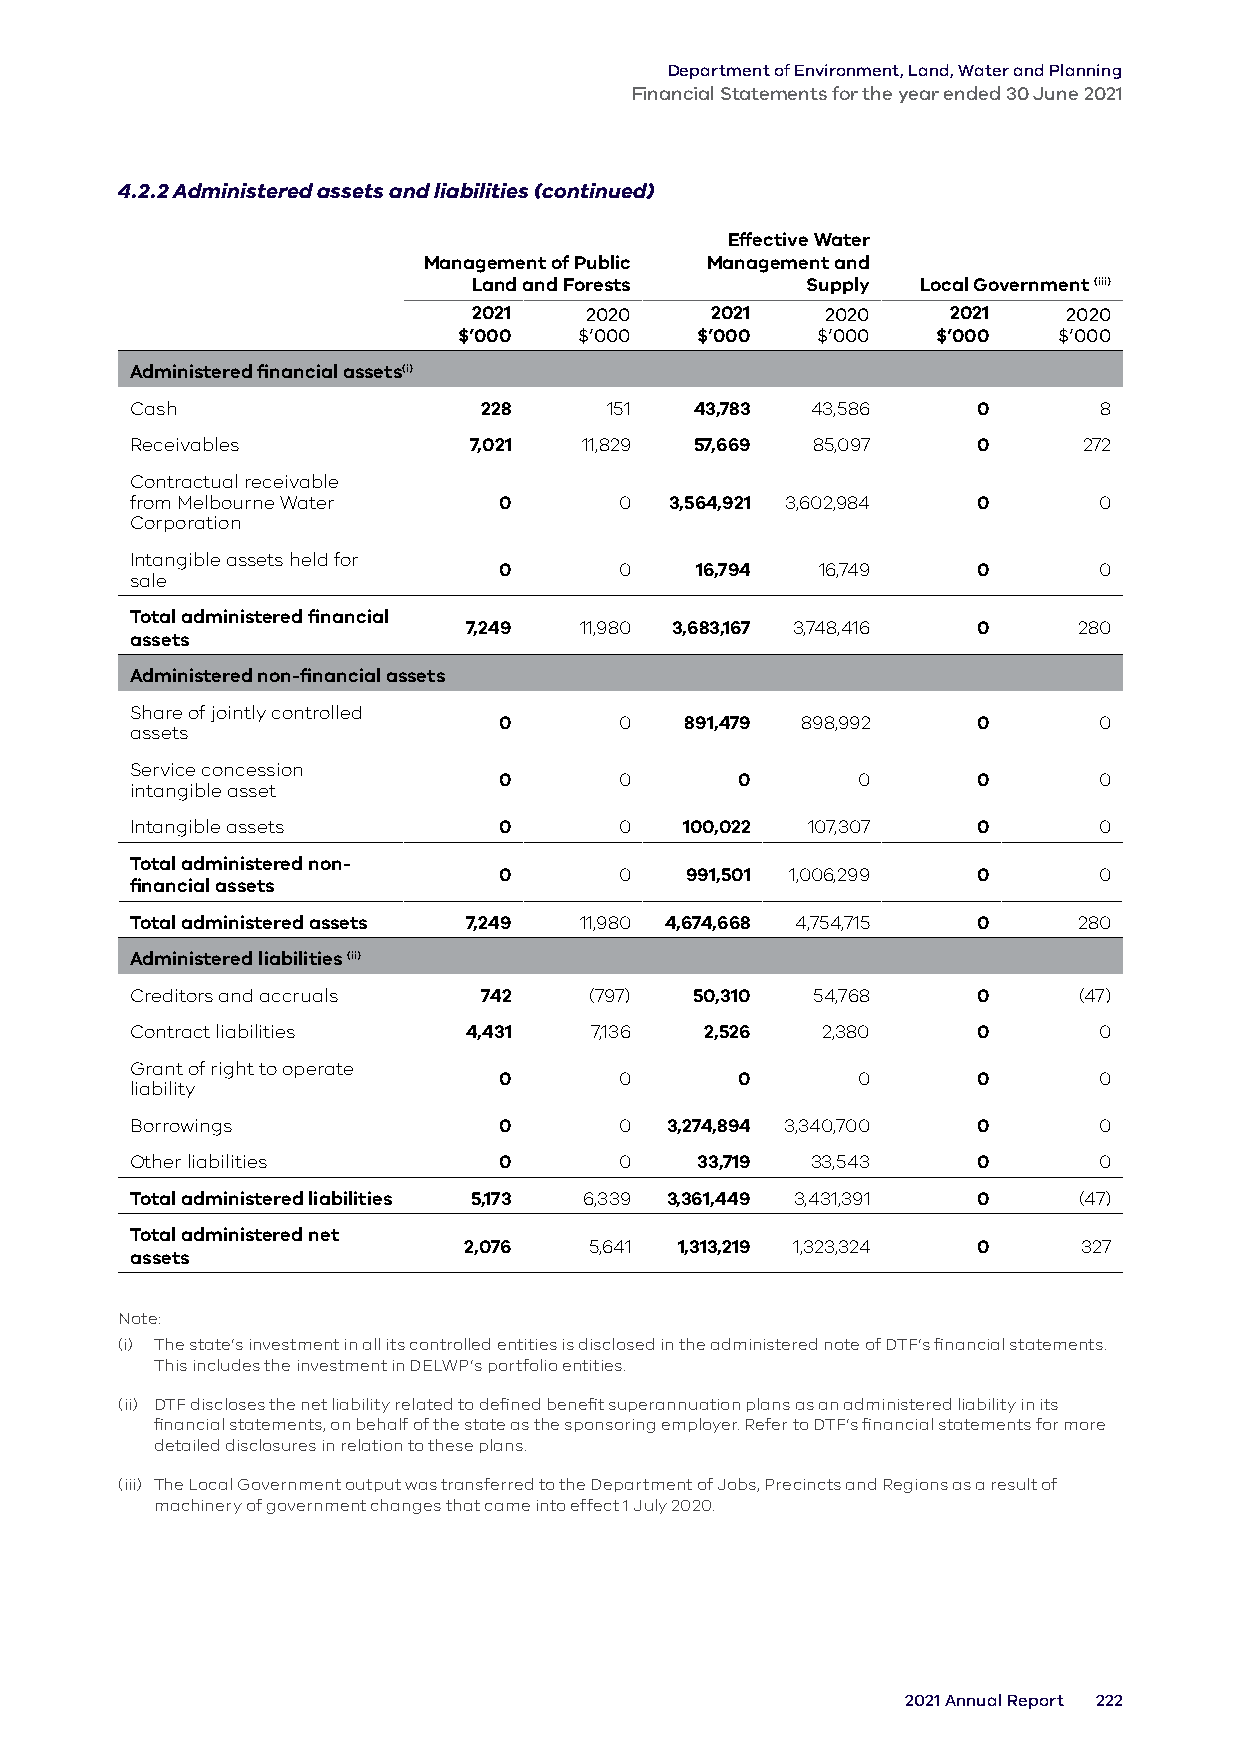
Department of Environment, Land, Water and Planning
 Financial Statements for the year ended 30 June 2021
 4.2.2 Administered assets and liabilities (continued)
 Effective Water
 Management of Public Management and
 Land and Forests      Supply  Local Government (iii)
 2021    2020    2021    2020    2021    2020
 $’000   $’000   $’000   $’000   $’000   $’000
 Administered financial assets(i)
 Cash                   228     151   43,783  43,586     0       8
 Receivables           7,021   11,829 57,669  85,097     0      272
 Contractual receivable
 from Melbourne Water    0       0  3,564,921 3,602,984  0       0
 Corporation
 Intangible assets held for
 0       0    16,794  16,749     0       0
 sale
 Total administered financial
 7,249  11,980 3,683,167 3,748,416 0     280
 assets
 Administered non-financial assets
 Share of jointly controlled
 0       0   891,479 898,992     0       0
 assets
 Service concession
 0       0       0       0       0       0
 intangible asset
 Intangible assets       0       0   100,022 107,307     0       0
 Total administered non-
 0       0   991,501 1,006,299   0       0
 financial assets
 Total administered assets 7,249 11,980 4,674,668 4,754,715 0  280
 Administered liabilities (ii)
 Creditors and accruals 742    (797)  50,310  54,768     0     (47)
 Contract liabilities  4,431   7,136   2,526  2,380      0       0
 Grant of right to operate
 0       0       0       0       0       0
 liability
 Borrowings              0       0  3,274,894 3,340,700  0       0
 Other liabilities       0       0    33,719  33,543     0       0
 Total administered liabilities 5,173 6,339 3,361,449 3,431,391 0 (47)
 Total administered net
 2,076   5,641 1,313,219 1,323,324 0      327
 assets
 Note:
 (i) The state’s investment in all its controlled entities is disclosed in the administered note of DTF’s financial statements.
 This includes the investment in DELWP’s portfolio entities.
 (ii) DTF discloses the net liability related to defined benefit superannuation plans as an administered liability in its
 financial statements, on behalf of the state as the sponsoring employer. Refer to DTF’s financial statements for more
 detailed disclosures in relation to these plans.
 (iii) The Local Government output was transferred to the Department of Jobs, Precincts and Regions as a result of
 machinery of government changes that came into effect 1 July 2020.
 2021 Annual Report 222